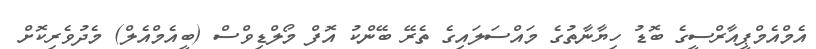
އެމްއެމްޕީއާރްސީގެ ބޮޑު ހިޔާނާތުގެ މައްސަލައިގެ ތެރޭ ބޭންކު އޮފް މޯލްޑިވްސް (ބީއެމްއެލް) މެދުވެރިކޮށް